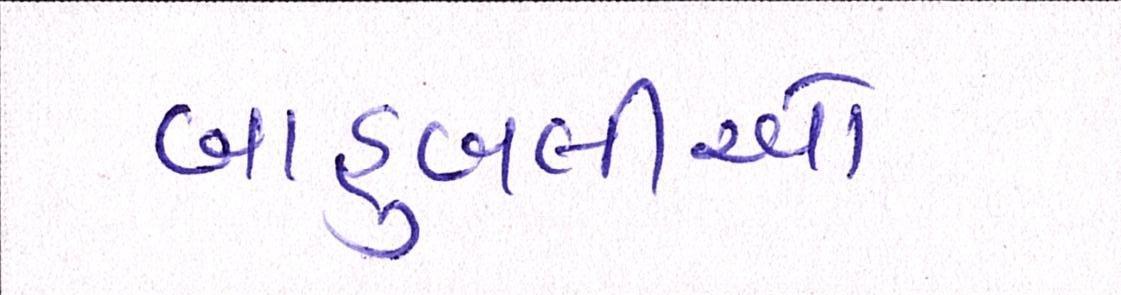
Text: બાદુબલીઓ